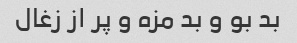
بد بو و بد مزه و پر از زغال